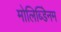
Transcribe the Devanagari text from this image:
मोलिब्डेिनम